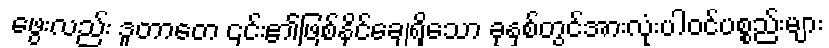
ဖွေးလည်း ဒူတာတေ ၎င်း၏ဖြစ်နိုင်ချေရှိသော ခုနှစ်တွင်အားလုံးပါဝင်ပစ္စည်းများ